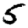
Digit: 5